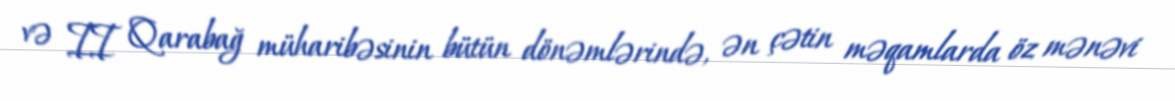
və II Qarabağ müharibəsinin bütün dönəmlərində, ən çətin məqamlarda öz mənəvi